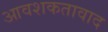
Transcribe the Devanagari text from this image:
आवशकतावाद